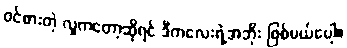
ဝင်စားတဲ့ လူကတော့ဆိုရင် ဒီကလေးရဲ့အဘိုး ဖြစ်မယ်ပေါ့။